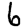
Digit: 6